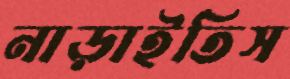
নাড়াইতিস